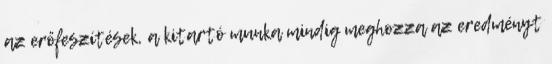
az erőfeszítések, a kitartó munka mindig meghozza az eredményt